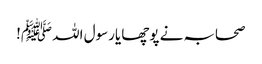
صحابہ نے پوچھا یارسول اللہ ﷺ!